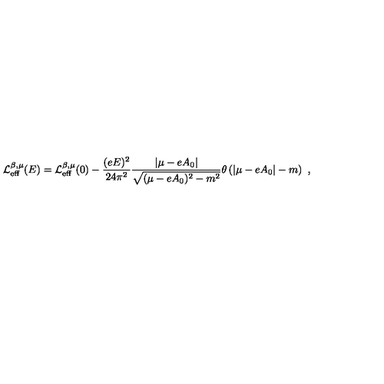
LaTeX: { \cal L } _ { \mathrm { e f f } } ^ { \beta , \mu } ( E ) = { \cal L } _ { \mathrm { e f f } } ^ { \beta , \mu } ( 0 ) - \frac { ( e E ) ^ { 2 } } { 2 4 \pi ^ { 2 } } \frac { | \mu - e A _ { 0 } | } { \sqrt { ( \mu - e A _ { 0 } ) ^ { 2 } - m ^ { 2 } } } \theta \left( | \mu - e A _ { 0 } | - m \right) \ ,